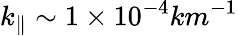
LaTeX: k_{\parallel}\sim 1\times 10^{-4}km^{-1}